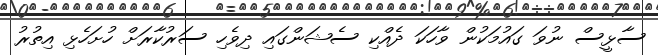
ސާޅީސް ނުވަ ގައުމަކުން ވާހަކަ ދެއްކި ސެޝަންގައި ދިވެހި ސަރުކާރަށް ހުށަހެޅި އިތުރު